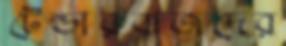
টেন্ডারবাজদের